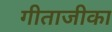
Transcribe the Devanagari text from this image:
गीताजीका